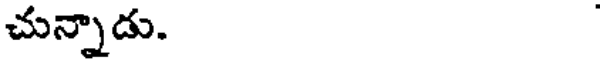
చున్నాడు.